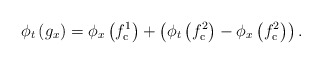
\begin{align*}\phi_{t} \left( g_{x} \right) = \phi_{x} \left( f^{1}_{\mathrm{c}} \right) + \left( \phi_{t} \left( f^{2}_{\mathrm{c}} \right) - \phi_{x} \left( f^{2}_{\mathrm{c}} \right) \right).\end{align*}